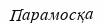
Парамосқа